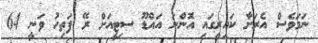
ނަމަވެސް އެރަށާ ކައިރީގައި އޮންނަ އައްޑޫ ސިޓީއަށް ރޭ ފަތިހު ވަނީ 64